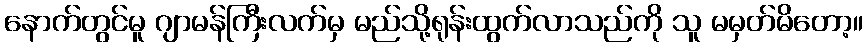
နောက်တွင်မူ ဂျာမန်ကြီးလက်မှ မည်သို့ရုန်းထွက်လာသည်ကို သူ မမှတ်မိတော့။